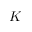
K